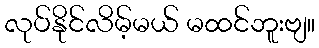
လုပ်နိုင်လိမ့်မယ် မထင်ဘူးဗျ။